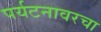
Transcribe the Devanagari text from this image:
पर्यटनावरचा